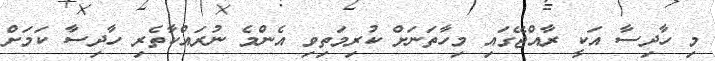
މި ހާދިސާ އަކީ ރާއްޖޭގައި މިހާތަނަށް ކުރިމަތިވި އެންމެ ނުރައްކާތެރި ހާދިސާ ކަމަށް